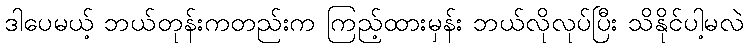
ဒါပေမယ့် ဘယ်တုန်းကတည်းက ကြည့်ထားမှန်း ဘယ်လိုလုပ်ပြီး သိနိုင်ပါ့မလဲ